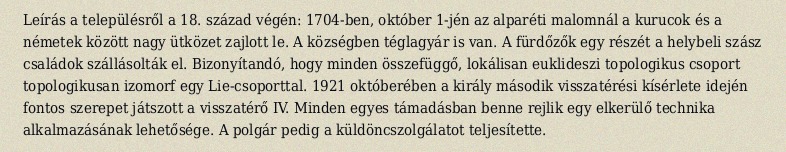
Leírás a településről a 18. század végén: 1704-ben, október 1-jén az alparéti malomnál a kurucok és a németek között nagy ütközet zajlott le. A községben téglagyár is van. A fürdőzők egy részét a helybeli szász családok szállásolták el. Bizonyítandó, hogy minden összefüggő, lokálisan euklideszi topologikus csoport topologikusan izomorf egy Lie-csoporttal. 1921 októberében a király második visszatérési kísérlete idején fontos szerepet játszott a visszatérő IV. Minden egyes támadásban benne rejlik egy elkerülő technika alkalmazásának lehetősége. A polgár pedig a küldöncszolgálatot teljesítette.